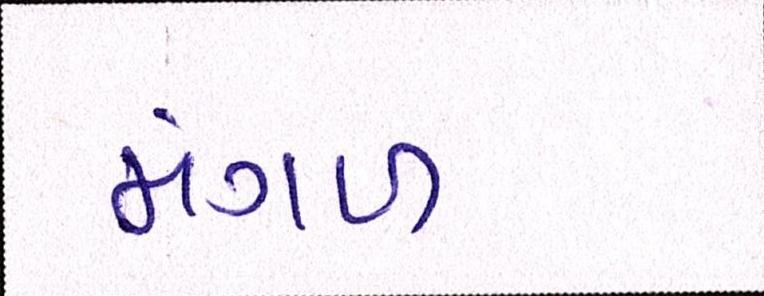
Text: મંગળ